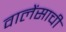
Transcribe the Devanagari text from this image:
वालेंसाची